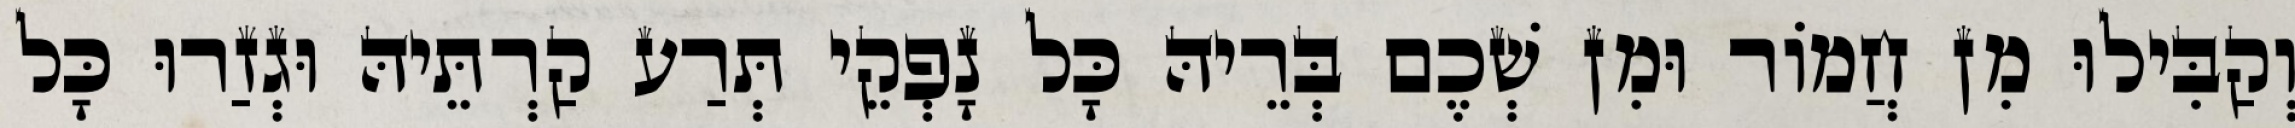
וְקַבִּילוּ מִן חֲמוֹר וּמִן שְׁכֶם בְּרֵיהּ כָּל נָפְקֵי תְּרַע קַרְתֵּיהּ וּגְזַרוּ כָּל